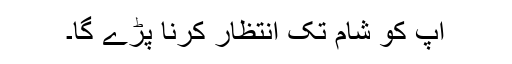
آپ کو شام تک انتظار کرنا پڑے گا۔